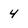
Character: 4